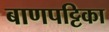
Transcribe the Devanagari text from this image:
बाणपट्टिका